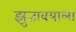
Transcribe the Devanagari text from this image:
झुंजावयाला